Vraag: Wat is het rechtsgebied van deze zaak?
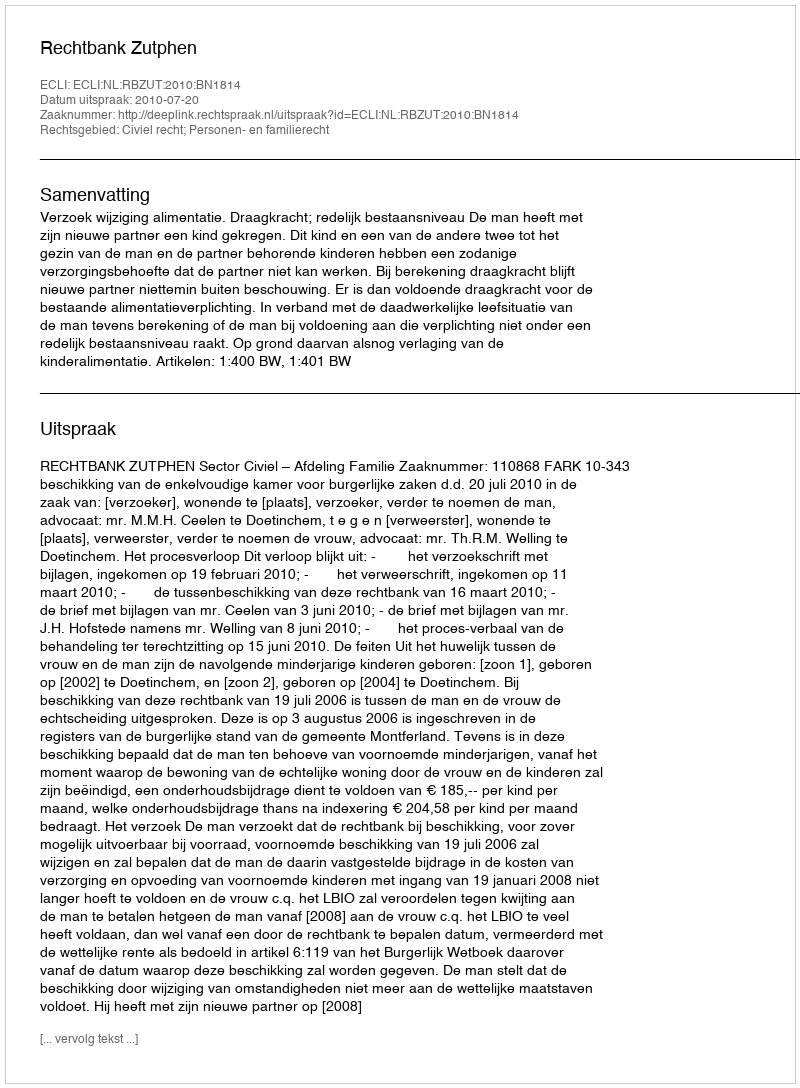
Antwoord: Civiel recht; Personen- en familierecht